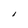
Character: I